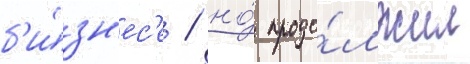
б'и́зн'ес'е / но́ продо́лжил